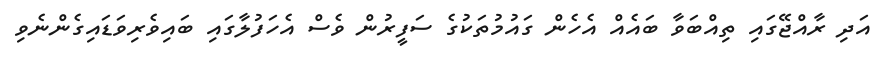
އަދި ރާއްޖޭގައި ތިއްބަވާ ބައެއް އެހެން ގައުމުތަކުގެ ސަފީރުން ވެސް އެހަފުލާގައި ބައިވެރިވަޑައިގެންނެވި